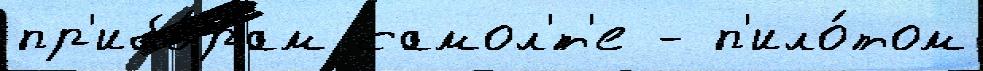
пр'ибо́рам самол'́т'е - п'ило́том